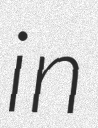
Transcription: in